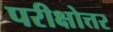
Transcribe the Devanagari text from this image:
परीक्षोत्तर